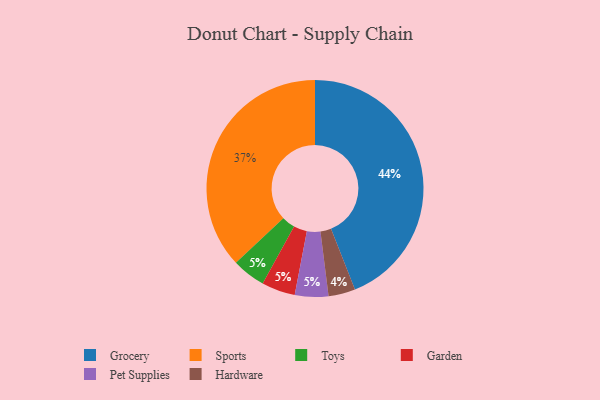
{"axis": {"x": "Category", "y": "Percentage"}, "legend": ["Garden", "Grocery", "Hardware", "Pet Supplies", "Sports", "Toys"], "data": [{"x": "Grocery", "y": 44, "type": "Grocery"}, {"x": "Sports", "y": 37, "type": "Sports"}, {"x": "Toys", "y": 5, "type": "Toys"}, {"x": "Garden", "y": 5, "type": "Garden"}, {"x": "Pet Supplies", "y": 5, "type": "Pet Supplies"}, {"x": "Hardware", "y": 4, "type": "Hardware"}]}